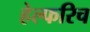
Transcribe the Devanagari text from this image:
हेल्फरिच